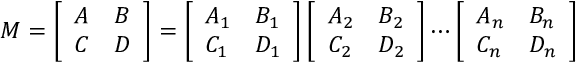
M = \left[ \begin{array} { l l } { A } & { B } \\ { C } & { D } \end{array} \right] = \left[ \begin{array} { l l } { A _ { 1 } } & { B _ { 1 } } \\ { C _ { 1 } } & { D _ { 1 } } \end{array} \right] \left[ \begin{array} { l l } { A _ { 2 } } & { B _ { 2 } } \\ { C _ { 2 } } & { D _ { 2 } } \end{array} \right] \cdots \left[ \begin{array} { l l } { A _ { n } } & { B _ { n } } \\ { C _ { n } } & { D _ { n } } \end{array} \right]